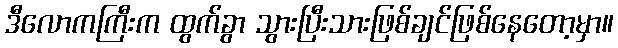
ဒီလောကကြီးက ထွက်ခွာ သွားပြီးသားဖြစ်ချင်ဖြစ်နေတော့မှာ။